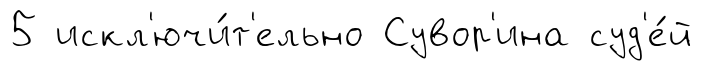
5 искл'ючи́т'ельно Сувор'ина суд'е́й